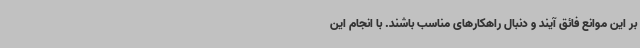
بر این موانع فائق آیند و دنبال راهکارهای مناسب باشند. با انجام این